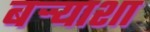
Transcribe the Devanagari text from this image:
बऱ्र्‍याशा